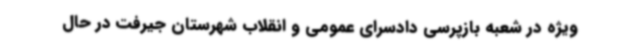
ویژه در شعبه بازپرسی دادسرای عمومی و انقلاب شهرستان جیرفت در حال